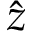
\hat { z }